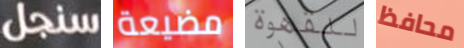
سنجل مضيعة للقهوة محافظ